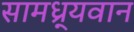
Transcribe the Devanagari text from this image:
सामध्र्यवान